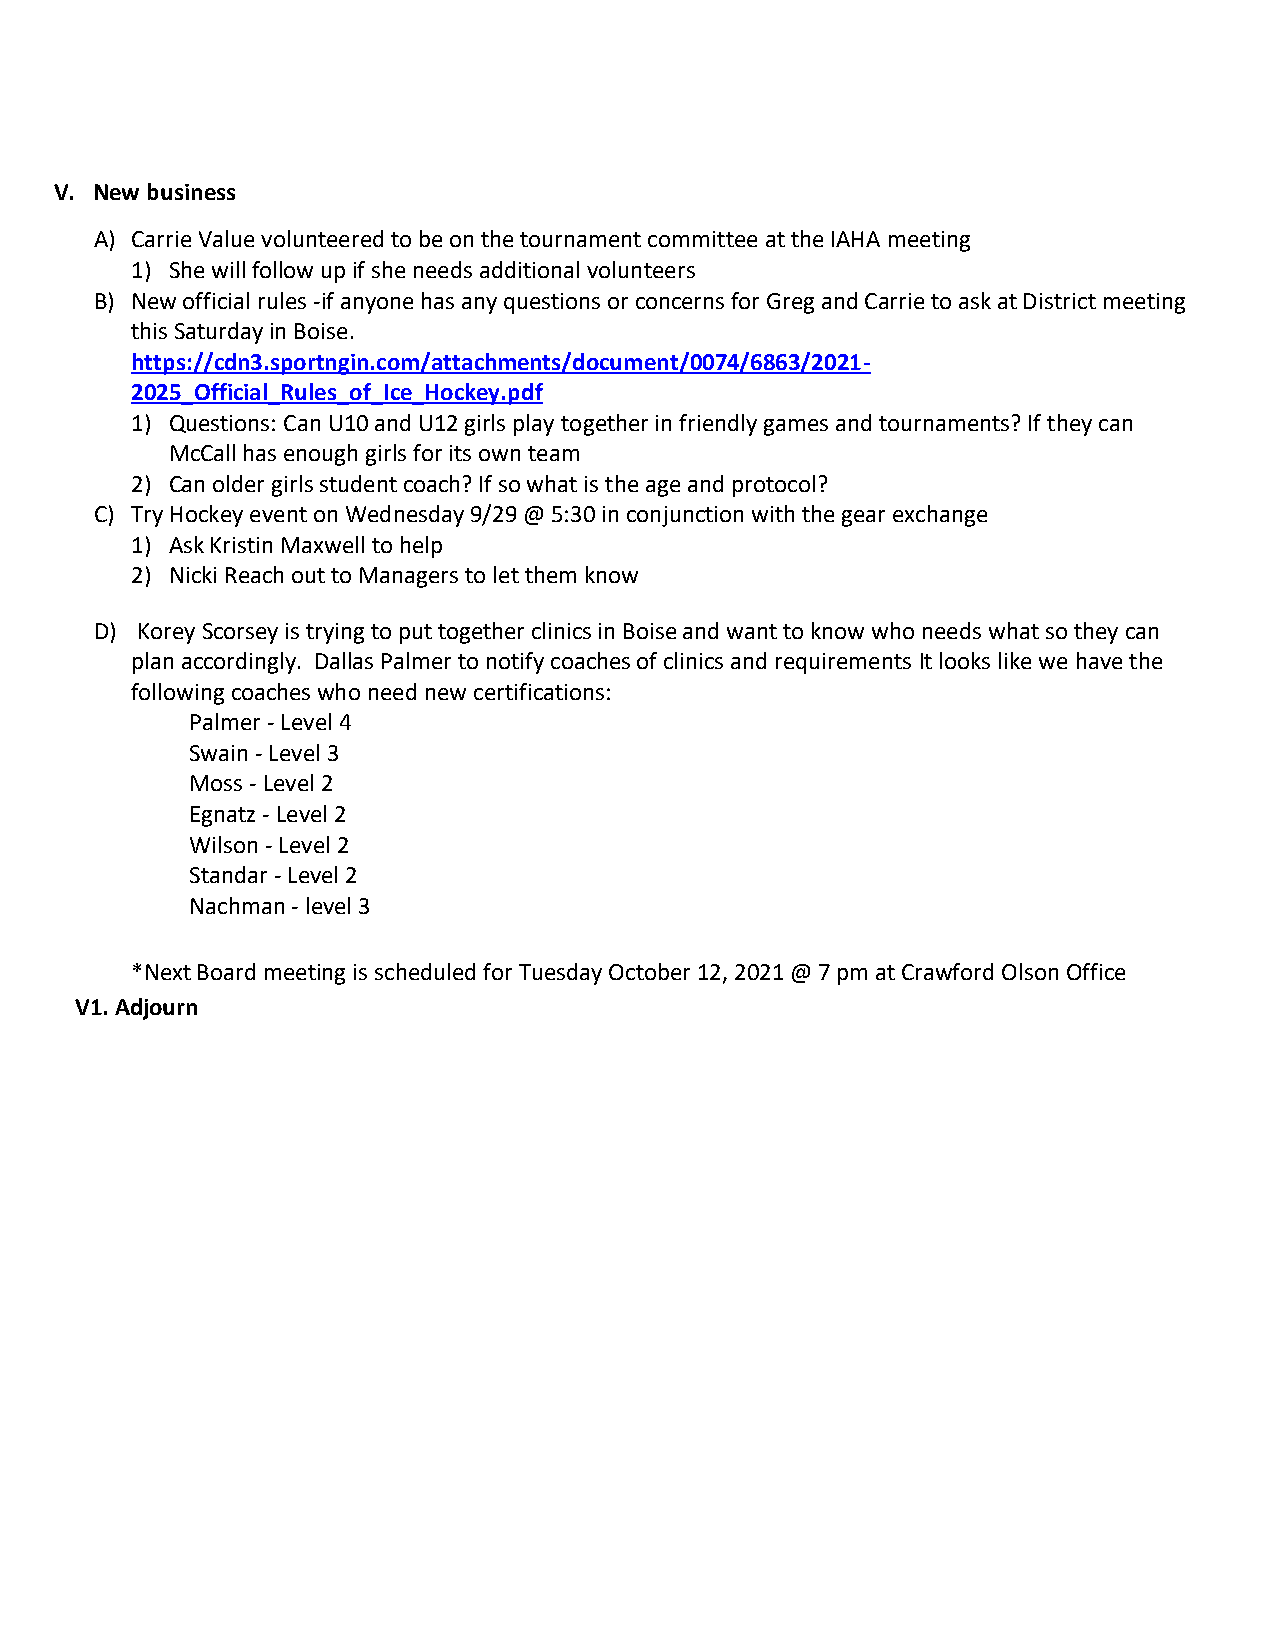
V. New business
 A) Carrie Value volunteered to be on the tournament committee at the IAHA meeting
 1) She will follow up if she needs additional volunteers
 B) New official rules -if anyone has any questions or concerns for Greg and Carrie to ask at District meeting
 this Saturday in Boise.
 https://cdn3.sportngin.com/attachments/document/0074/6863/2021-
 2025_Official_Rules_of_Ice_Hockey.pdf
 1) Questions: Can U10 and U12 girls play together in friendly games and tournaments? If they can
 McCall has enough girls for its own team
 2) Can older girls student coach? If so what is the age and protocol?
 C) Try Hockey event on Wednesday 9/29 @ 5:30 in conjunction with the gear exchange
 1) Ask Kristin Maxwell to help
 2) Nicki Reach out to Managers to let them know
 D) Korey Scorsey is trying to put together clinics in Boise and want to know who needs what so they can
 plan accordingly. Dallas Palmer to notify coaches of clinics and requirements It looks like we have the
 following coaches who need new certifications:
 Palmer - Level 4
 Swain - Level 3
 Moss - Level 2
 Egnatz - Level 2
 Wilson - Level 2
 Standar - Level 2
 Nachman - level 3
 *Next Board meeting is scheduled for Tuesday October 12, 2021 @ 7 pm at Crawford Olson Office
 V1. Adjourn